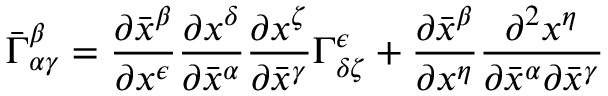
{ \bar { \Gamma } } _ { \alpha \gamma } ^ { \beta } = { \frac { \partial { \bar { x } } ^ { \beta } } { \partial x ^ { \epsilon } } } { \frac { \partial x ^ { \delta } } { \partial { \bar { x } } ^ { \alpha } } } { \frac { \partial x ^ { \zeta } } { \partial { \bar { x } } ^ { \gamma } } } \Gamma _ { \delta \zeta } ^ { \epsilon } + { \frac { \partial { \bar { x } } ^ { \beta } } { \partial x ^ { \eta } } } { \frac { \partial ^ { 2 } x ^ { \eta } } { \partial { \bar { x } } ^ { \alpha } \partial { \bar { x } } ^ { \gamma } } }